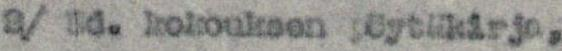
2/ Ed. kokouksen pöytäkirja,